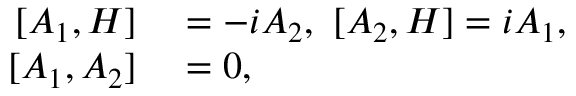
\begin{array} { r l } { [ A _ { 1 } , H ] } & { { } = - i A _ { 2 } , \thinspace \thinspace [ A _ { 2 } , H ] = i A _ { 1 } , } \\ { { } [ A _ { 1 } , A _ { 2 } ] } & { { } = 0 , } \end{array}